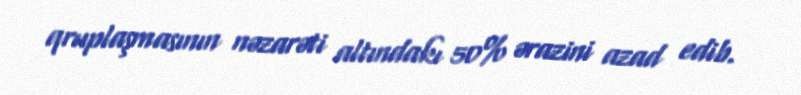
qruplaşmasının nəzarəti altındakı 50% ərazini azad edib.